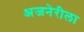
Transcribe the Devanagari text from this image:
अजनेरीला